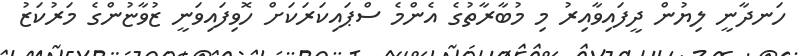
ހަނދާނީ ލިޔުން ދީފައިވާއިރު މި މުބާރާތުގެ އެންމެ ސްޕައިކަރަކަށް ހޮވިފައިވަނީ ޒުވާޏުންގެ މަރުކަޒު